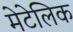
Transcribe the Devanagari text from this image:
मेटेलिक